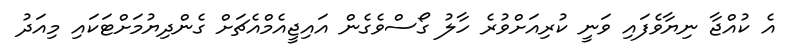
އެ ކުއްޖާ ނިޔާވެފައި ވަނީ ކުރިއަށްވުރެ ހާލު ގޯސްވެގެން އައިޖީއެމްއެޗަށް ގެންދިޔުމަށްޓަކައި މިއަދު